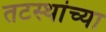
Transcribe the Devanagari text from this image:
तटस्थांच्या